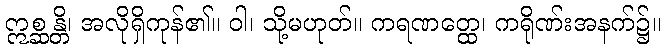
ဣစ္ဆန္တိ၊ အလိုရှိကုန်၏။ ဝါ၊ သို့မဟုတ်။ ကရဏတ္ထေ၊ ကရိုဏ်းအနက်၌။